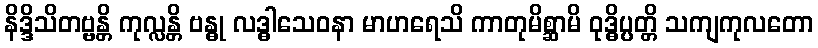
နိဒ္ဒိသိတဗ္ဗန္တိ ကုလ္လန္တိ ဗန္ဓု လဒ္ဓါသေဝနာ မာဟရေသိ ကာတုမိစ္ဆာမိ ဝုဒ္ဓိပ္ပတ္တိ သကျကုလတော